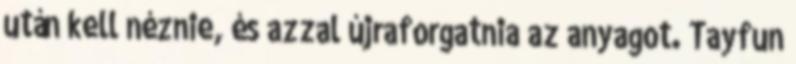
után kell néznie, és azzal újraforgatnia az anyagot. Tayfun